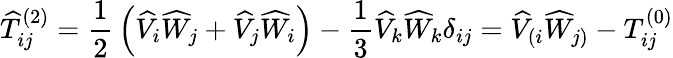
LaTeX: {\widehat{T}}_{ij}^{(2)}={\frac{1}{2}}\left({\widehat{V}}_{i}{\widehat{W}}_{j}+{\widehat{V}}_{j}{\widehat{W}}_{i}\right)-{\frac{1}{3}}{\widehat{V}}_{k}{\widehat{W}}_{k}\delta_{ij}={\widehat{V}}_{(i}{\widehat{W}}_{j)}-T_{ij}^{(0)}